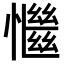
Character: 𢣎